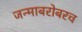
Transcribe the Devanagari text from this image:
जन्माबरोबरच